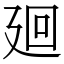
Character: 廻